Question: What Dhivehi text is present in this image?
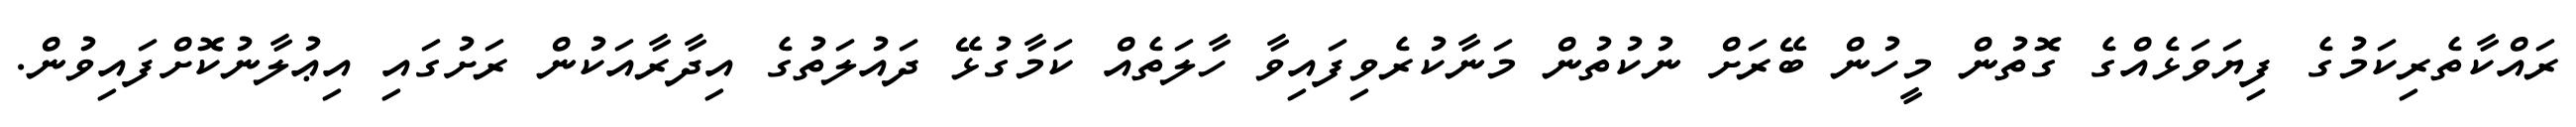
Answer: ރައްކާތެރިކަމުގެ ފިޔަވަޅެއްގެ ގޮތުން މީހުން ބޭރަށް ނުކުތުން މަނާކުރެވިފައިވާ ހާލަތެއް ކަމާގުޅޭ ދައުލަތުގެ އިދާރާއަކުން ރަށުގައި އިޢުލާނުކޮށްފައިވުން.